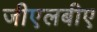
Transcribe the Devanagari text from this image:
जीएलबीए